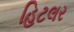
હિટલર